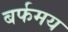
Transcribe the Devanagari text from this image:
बर्फमय